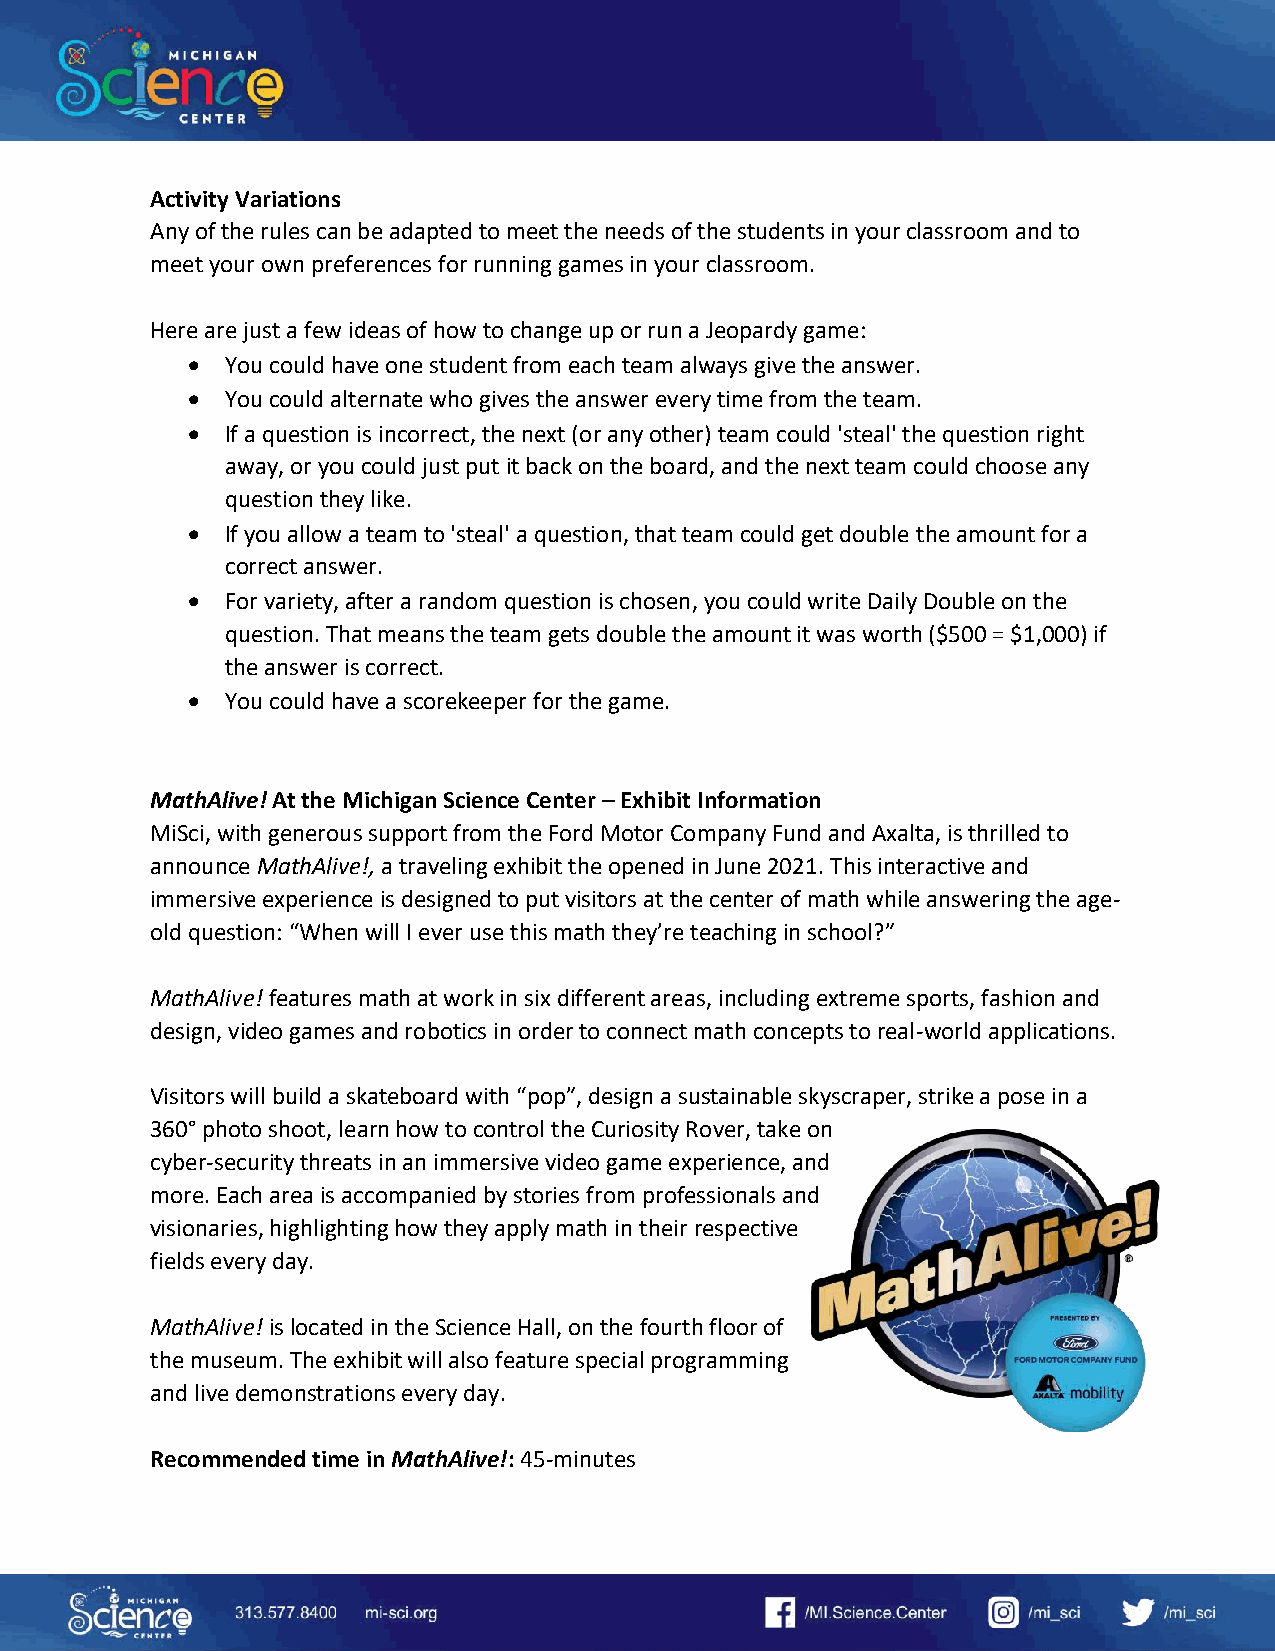
Activity Variations
 Any of the rules can be adapted to meet the needs of the students in your classroom and to
 meet your own preferences for running games in your classroom.
 Here are just a few ideas of how to change up or run a Jeopardy game:
   You could have one student from each team always give the answer.
   You could alternate who gives the answer every time from the team.
   If a question is incorrect, the next (or any other) team could 'steal' the question right
 away, or you could just put it back on the board, and the next team could choose any
 question they like.
   If you allow a team to 'steal' a question, that team could get double the amount for a
 correct answer.
   For variety, after a random question is chosen, you could write Daily Double on the
 question. That means the team gets double the amount it was worth ($500 = $1,000) if
 the answer is correct.
   You could have a scorekeeper for the game.
 MathAlive! At the Michigan Science Center – Exhibit Information
 MiSci, with generous support from the Ford Motor Company Fund and Axalta, is thrilled to
 announce MathAlive!, a traveling exhibit the opened in June 2021. This interactive and
 immersive experience is designed to put visitors at the center of math while answering the age-
 old question: “When will I ever use this math they’re teaching in school?”
 MathAlive! features math at work in six different areas, including extreme sports, fashion and
 design, video games and robotics in order to connect math concepts to real-world applications.
 Visitors will build a skateboard with “pop”, design a sustainable skyscraper, strike a pose in a
 360° photo shoot, learn how to control the Curiosity Rover, take on
 cyber-security threats in an immersive video game experience, and
 more. Each area is accompanied by stories from professionals and
 visionaries, highlighting how they apply math in their respective
 fields every day.
 MathAlive! is located in the Science Hall, on the fourth floor of
 the museum. The exhibit will also feature special programming
 and live demonstrations every day.
 Recommended time in MathAlive!: 45-minutes